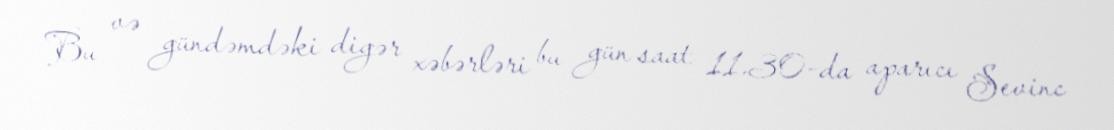
Bu və gündəmdəki digər xəbərləri bu gün saat 11.30-da aparıcı Sevinc